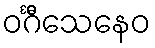
ဝင်္ဂီသေနေဝ